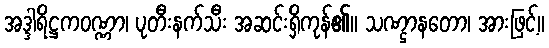
အဒ္ဒါရိဋ္ဌကဝဏ္ဏာ၊ ပုတီးနက်သီး အဆင်းရှိကုန်၏။ သဏ္ဌာနတော၊ အားဖြင့်။